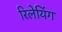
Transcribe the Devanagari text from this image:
रिलेयिंग